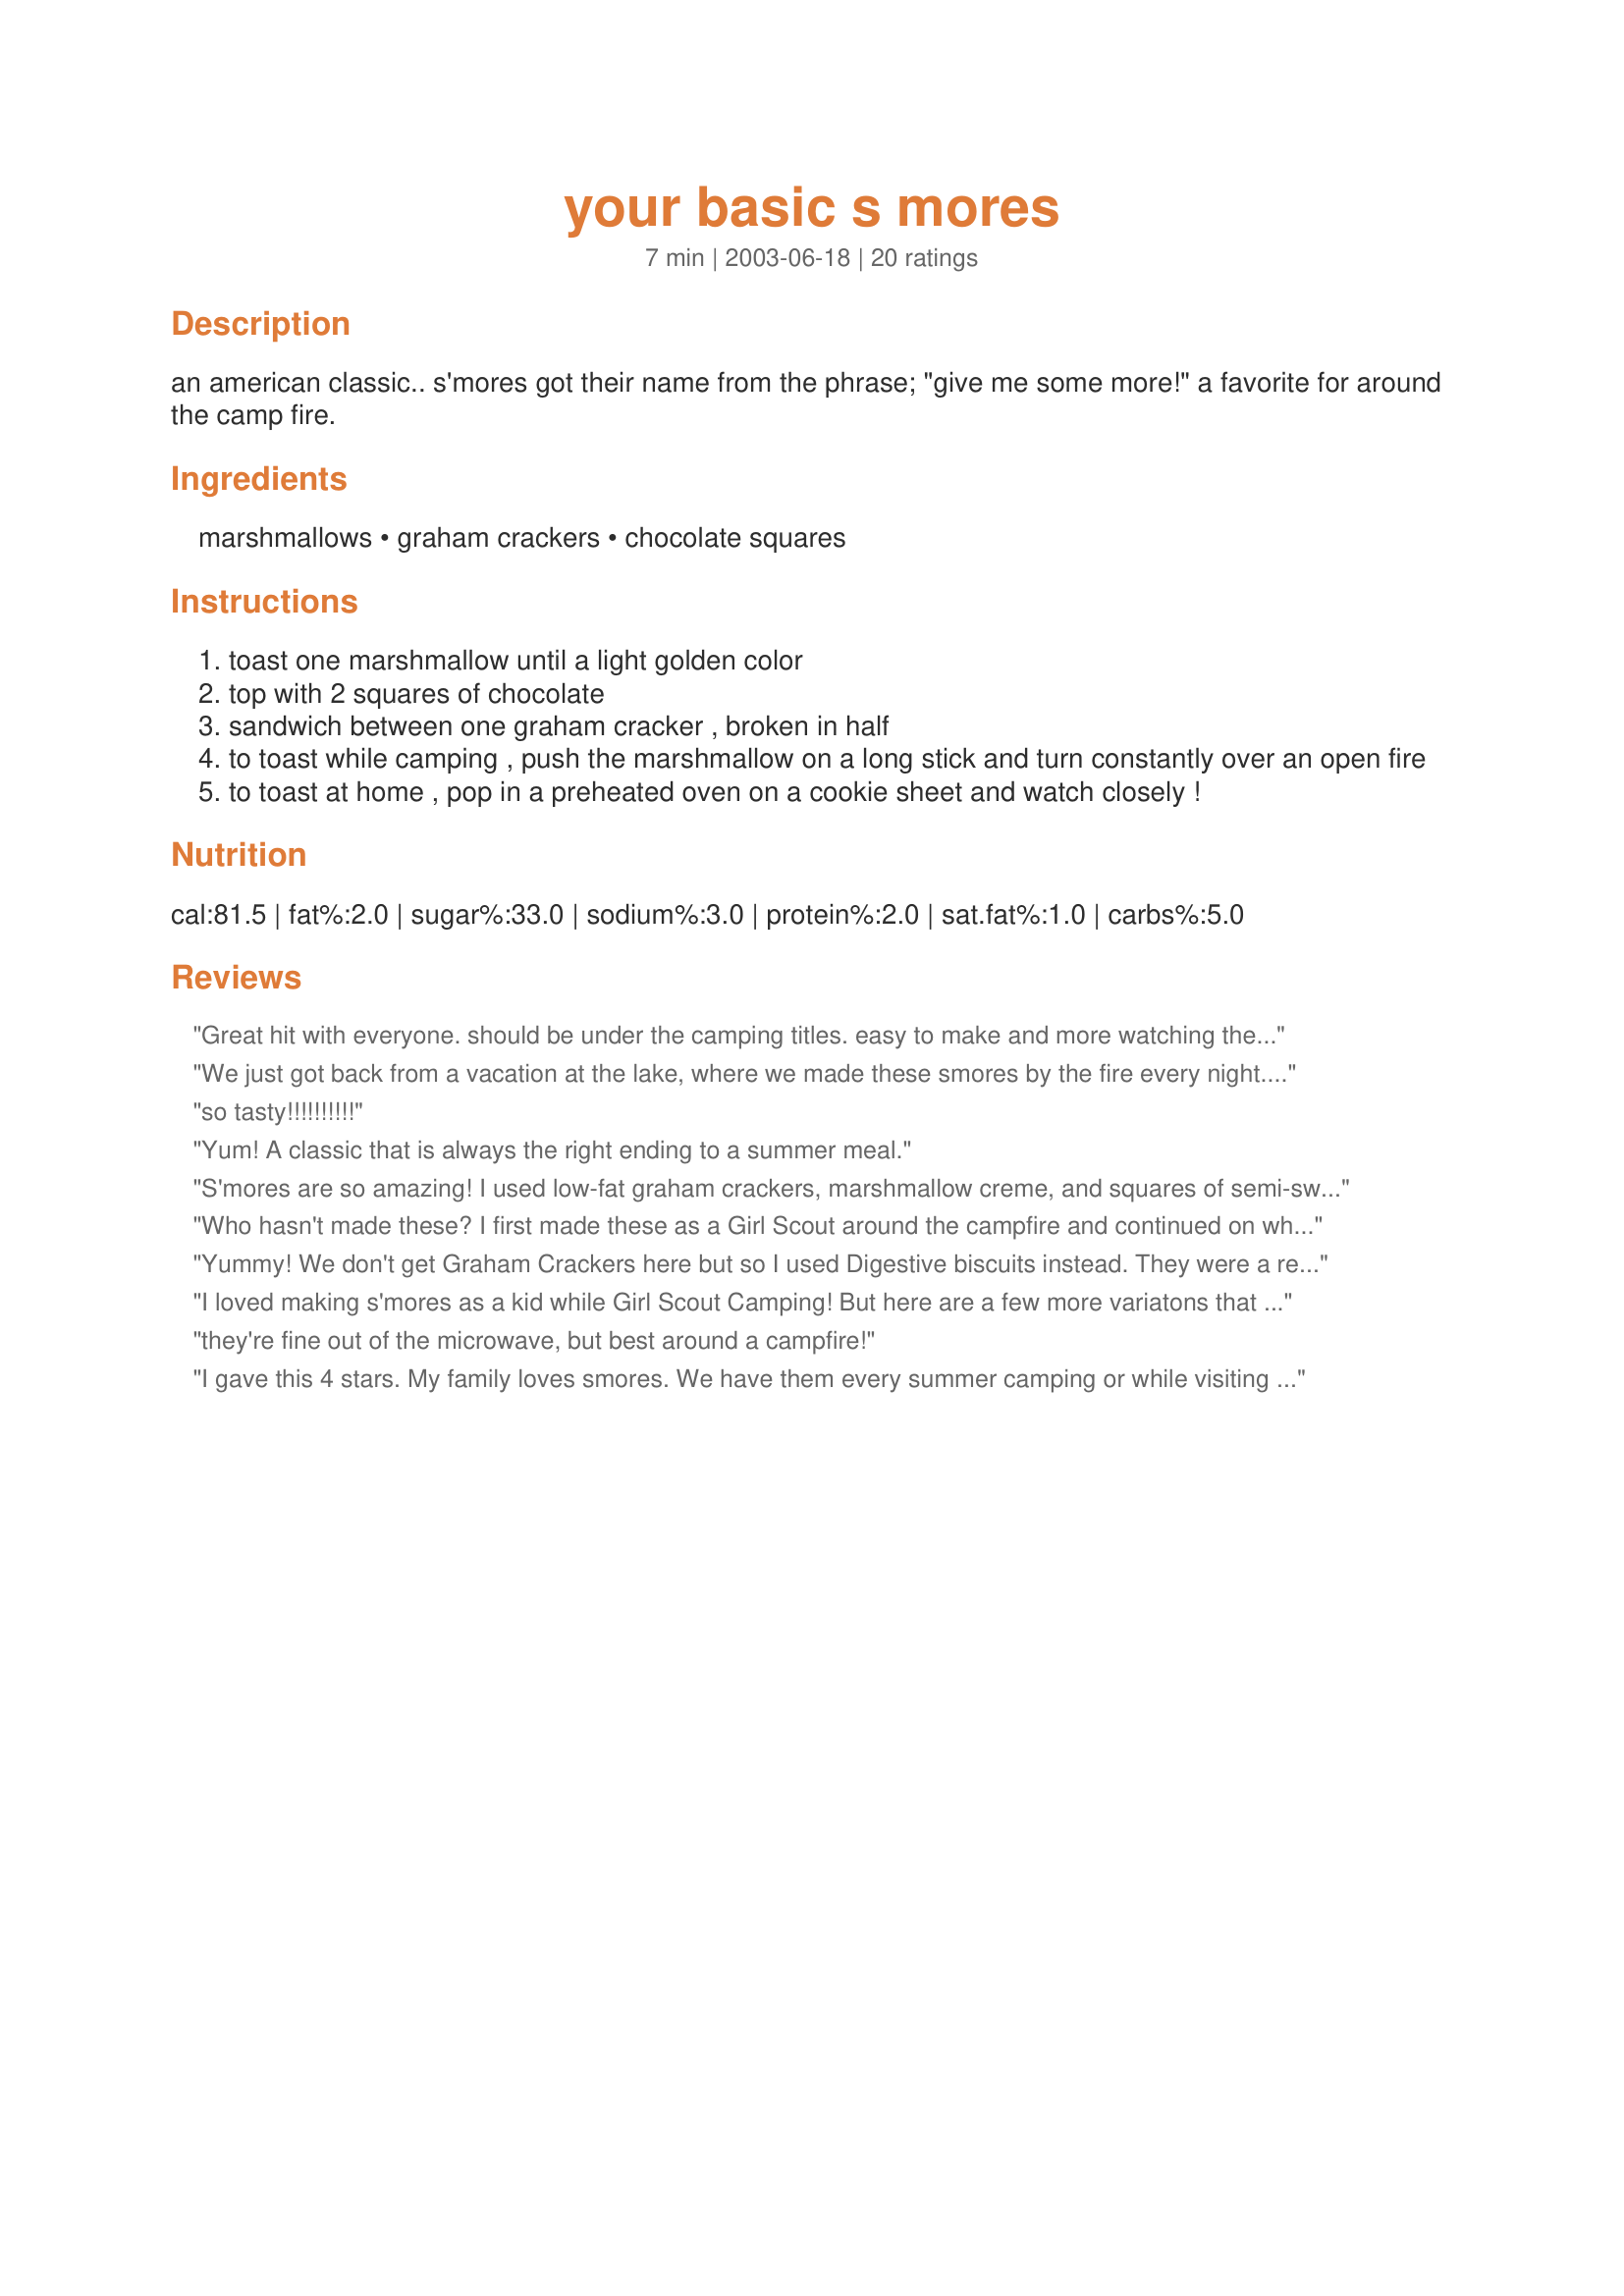
your basic s mores
Preparation time: 7 minutes

an american classic.. s'mores got their name from the phrase; "give me some more!" a favorite for around the camp fire.

Ingredients:
marshmallows, graham crackers, chocolate squares

Steps:
toast one marshmallow until a light golden color
top with 2 squares of chocolate
sandwich between one graham cracker , broken in half
to toast while camping , push the marshmallow on a long stick and turn constantly over an open fire
to toast at home , pop in a preheated oven on a cookie sheet and watch closely !

Reviews:
Great hit with everyone. should be under the camping titles. easy to make and more watching the kids
We just got back from a vacation at the lake, where we made these smores by the fire every night. We popped these in the microwave, too...we put the chocolate one one cracker with the marshmallow on top, nuked for 8 seconds (your microwave might take a few seconds longer) and popped the other cracker on to finish the "sandwich". The heat from the marshmallow finishes melting the chocolate. These are a great dessert when you don't feel like baking.
so tasty!!!!!!!!!!
Yum! A classic that is always the right ending to a summer meal.
S'mores are so amazing! I used low-fat graham crackers, marshmallow creme, and squares of semi-sweet chocolate. I put them in the over for a few minutes and they came out gooey and delicious.
Who hasn't made these? I first made these as a Girl Scout around the campfire and continued on when I became a Girl Scout leader. Now my girls are grown up but still enjoy making smores but this time we make them in a microwave. Mmmm...good.
Yummy! We don't get Graham Crackers here but so I used Digestive biscuits instead. They were a real hit on our recent camping trip. Thanks!
I loved making s'mores as a kid while Girl Scout Camping! But here are a few more variatons that might be helpful! If you have young children, instead of having them toast the marshmallow over the fire you can assemble the sandwhich and place in a pices of foil and then put on fire, (this is much safer then having young child getting potentically burned). 2nd variation, cooking at home! place one gram cracker ona a plate wiht square of chocolate and marshmallow on top, microwave for approx. 2 minutes and then top with other garm cracker and enjoy! hope this helped!
they're fine out of the microwave, but best around a campfire!
I gave this 4 stars. My family loves smores. We have them every summer camping or while visiting my future mom-inlaw at the lake. We do not use 2 pieces of chocolate (I might have to try that). We use 1 of everything (ok sometimes I use 2 marshmallows). Thanks for posting such a yummy recipe. Christine (internetnut)
These are the reason we GO camping. :)
Ohhhh yeah. We can't go camping without the essentials.....graham crackers, chocolate and marshmallows....lol. You just can't beat a good ol' Smore. Thank you for posting for those out there that haven't tried....Stephanie
Love this childhood favorite! Found this recipe while looking for an indoor version. Followed the reccommendations of Babybuttons and microwaved for 2 minutes.... ended up with burnt marshmallow and chocolate... needed less than 30 seconds in my microwave.
We used chocoalte digestives (graham crackers) to sandwich our toasted marshmallows and they were wonderful. Not exactly diet food but hey, we were on holiday.
They were very good but instead of cooking them over a fire we just cooked them over are grill :)
I think they should be called Smorey Things.
I'm an aussie and I didn't have a clue what an "s'more" was or how to make one. 
I got curious after liking an american made "s'more flavoured" recovery bar sold at my gym. Turns out it's not like the real thing - OK, so these aren't exactly health food but . . . Yuuummm, and thanks too for the easy to follow instructions.
These are great, but I have found something even better...Take two chocolate chip cookies and warm over the fire and then put the roast marshmellow between the two..Oh my good this is just to die for, I can't have a camp fire anymore without my cookies and marshmellows....
The ultimate camping dessert! My husband and I used to tell our boys that they could keep toasting and eating s'mores until they felt sick! They could hardly believe their good luck, but it was a camping tradition. Then my younger son got diabetes and the free-for-all was over. :-( Now he enjoys making 'perfect' s'mores for others and with his insulin pump he is able to eat 2 or 3 of them in one sitting.
Perfect! This was a really yummy, messy treat, we all loved it. I would not change a thing about this recipe!
